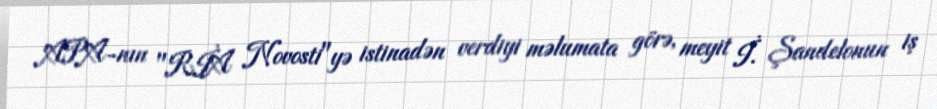
APA-nın "RİA Novosti"yə istinadən verdiyi məlumata görə, meyit İ. Şandelonun iş